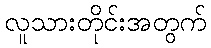
လူသားတိုင်းအတွက်